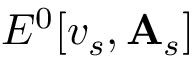
E ^ { 0 } [ v _ { s } , \mathbf { A } _ { s } ]